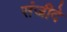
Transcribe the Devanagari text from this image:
संजीदे